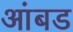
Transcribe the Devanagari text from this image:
आंबड